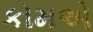
કોમએ